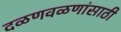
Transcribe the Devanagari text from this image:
दळणवळणांसाठी